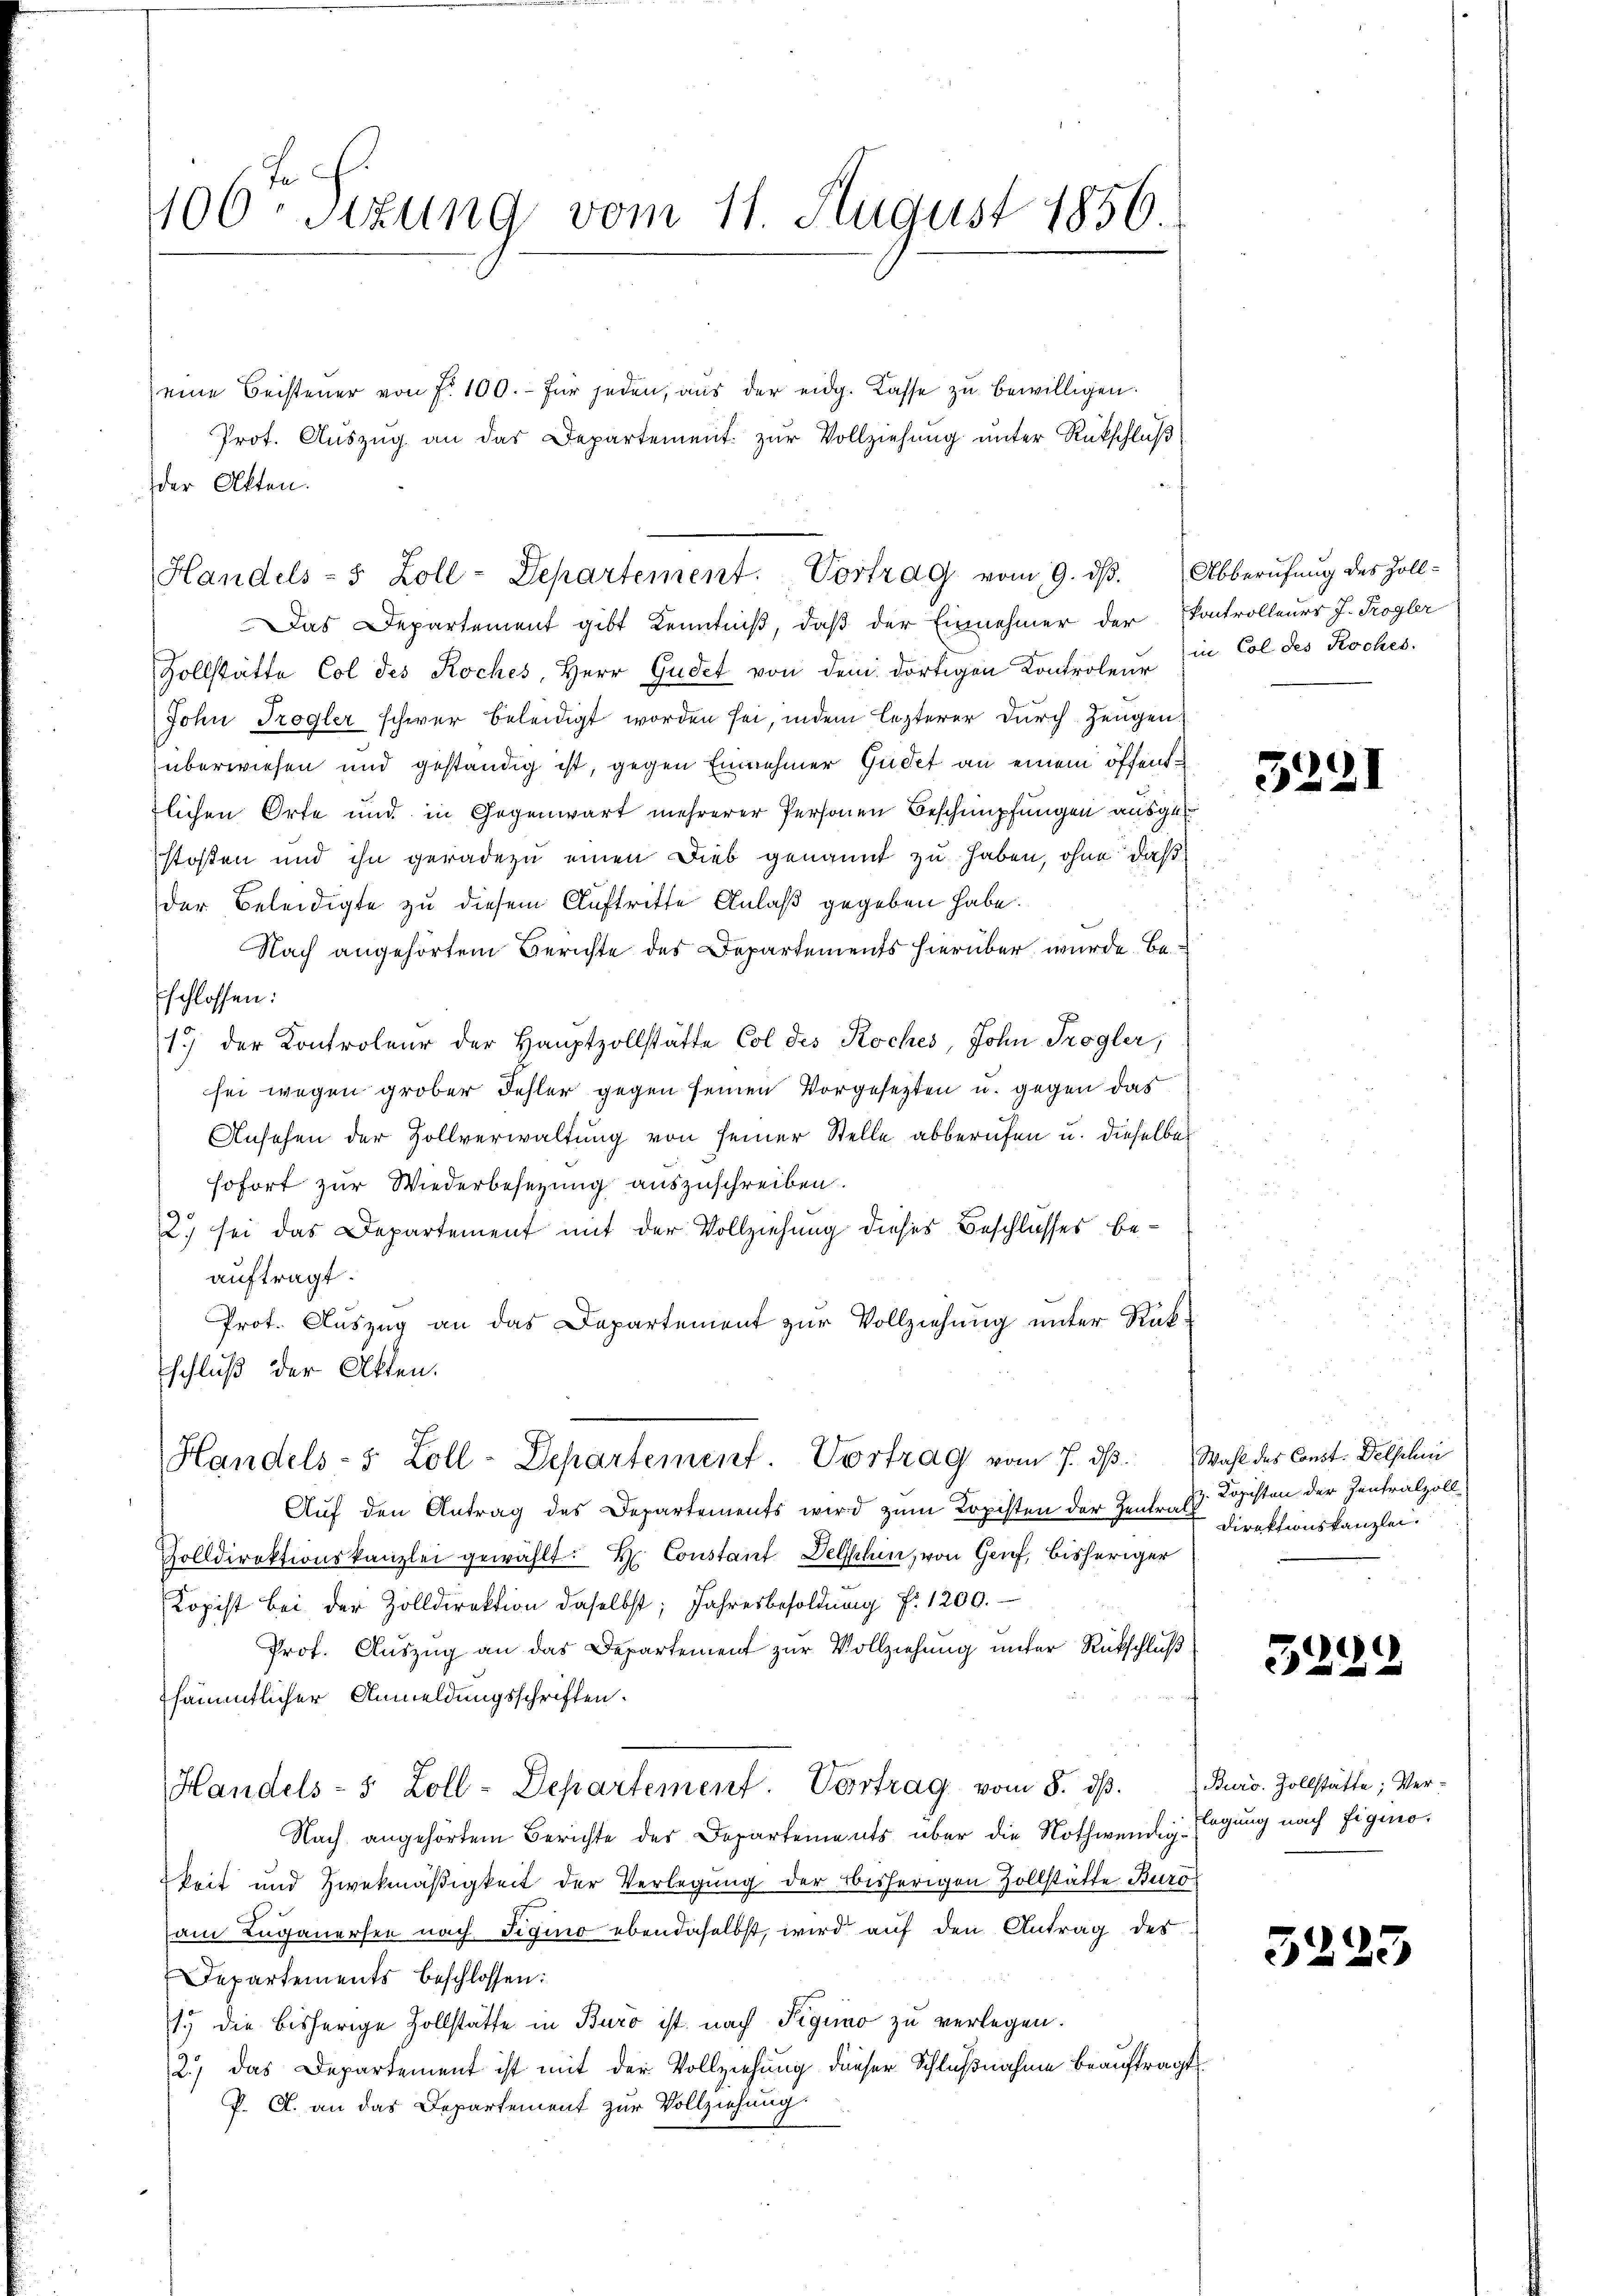
406ten Sizung vom 11. August 1856.

eine Beisteuer von fr. 100. für jeden, aŭs der eidg. Kasse zŭ bewilligen.
Prot. Auszug an das Departement zur Vollziehung unter Rückschluß
der Akten.

Das Departement gibt Kenntniß, daß der Einnehmer der Kontrolleurs J. Trogler
Zollstätte Col des Koches, Herr Gudet von dem dortigen Kontroleur in Col des Roches.
John Trogler schwer beleidigt worden sei, indem lezterer durch Zeugen,
überwiesen und geständig ist, gegen Einnehmer Gudet an einem öffendtlichen Orte und in Gegenwart mehrerer Personen Beschnüpfungen ausges
stossen und ihn geradezu einen Dieb genannt zu haben, ohne daß
der Beleidigte zu diesem Auftritte Anlaß gegeben habe.
Nach angehörtem Berichte des Departements hierüber wurde. Beschlossen:
1.) der Kontroleur der Hauptzollstätte Col des Koches, John. Trogler,
sei wegen grober Fehler gegen seinen Vorgesetzten u. gegen das
Ansehen der Zollverwaltung von seiner Stelle abberufen u. dieselbe
sofort zur Wiederbesezung auszuschreiben.
2.) sei das Departement mit der Vollziehung dieses Beschlusses beauftragt.
Prot. Auszug an das Departement zur Vollziehung unter Rük¬
Eschluß der Akten.

Handels- 5 Zoll-Departement. Vortrag vom 9. dβ. Abberufung des Zoll-

Handels- 5 Zoll-Departement. Vortrag vom 7. dβ. Wahl des Const. Delschi

Auf den Antrag des Departements wird zum Kopisten der Zentrals
Zolldirektionskanzlei gewählt: Hr. Constant Delphin, von Genf, bisheriger
Copist bei der Zolldirektion daselbst, Jahresbesoldŭng f. 1200.
Prof. Auszug an das Departement zur Vollziehung unter Rückschluß
sämmtlicher Anmeldungsschriften.
Handels- 5 Zoll-Departement. Vortrag vom 8. dβ. Buro. Zollstätte; Ver-
Nach angehörtem Berichte des Departements über die Nothwendigkeit und Zweckmäßigkeit der Verlegung der bisherigen Zollstätte Buro
am Luganersee nach Sigino ebendaselbst, wird auf den Antrag des
Departements beschlossen:
.) die bisherige Hollstatte in Buro ist nach Pigno zu verlegen.
2.) das Departement ist mit der Vollziehung dieser Schlußnahme beauftragt
P. A. an das Departement zur Vollziehung.

325.

Kopisten der Zentralzoll
Direktionskanzlei.

1
32

legung nach Eigino.

5223